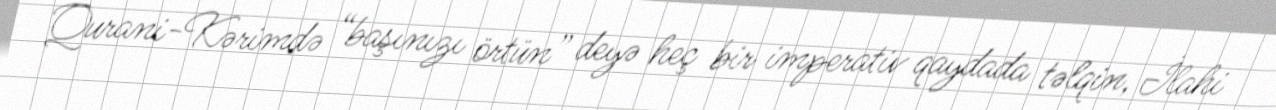
Qurani-Kərimdə “başınızı örtün” deyə heç bir imperativ qaydada təlqin, İlahi